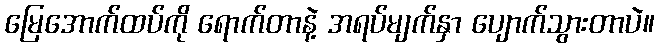
မြေအောက်ထပ်ကို ရောက်တာနဲ့ အရပ်မျက်နှာ ပျောက်သွားတာပဲ။